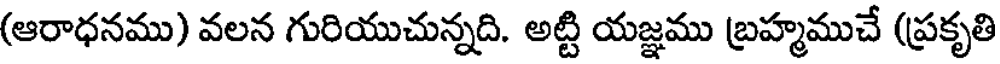
(ఆరాధనము) వలన గురియుచున్నది. అట్టి యజ్ఞము బ్రహ్మముచే (ప్రకృతి